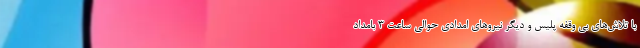
با تلاش‌های بی وقفه پلیس و دیگر نیروهای امدادی حوالی ساعت ۳ بامداد